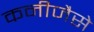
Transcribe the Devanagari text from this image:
कनीजैसे